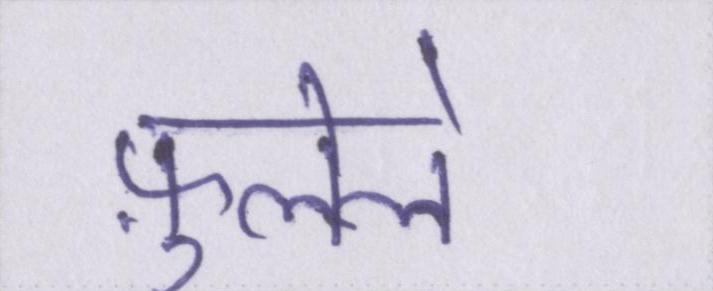
फ़ुलेले